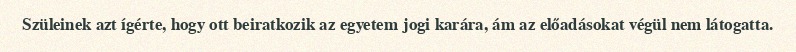
Szüleinek azt ígérte, hogy ott beiratkozik az egyetem jogi karára, ám az előadásokat végül nem látogatta.